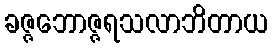
ခဇ္ဇဘောဇ္ဇရသလာဘိတာယ